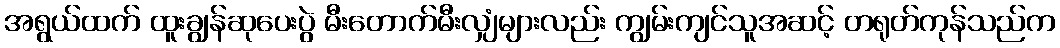
အရွယ်ထက် ထူးချွန်ဆုပေးပွဲ မီးတောက်မီးလျှံများလည်း ကျွမ်းကျင်သူအဆင့် တရုတ်ကုန်သည်က